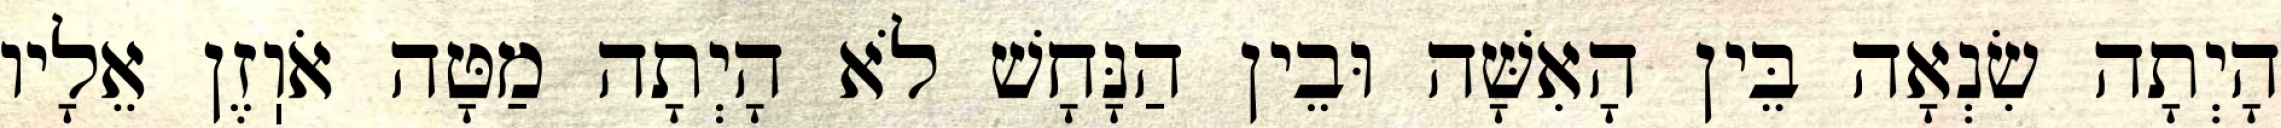
הָיְתָה שִׂנְאָה בֵּין הָאִשָּׁה וּבֵין הַנָּחָשׁ לֹא הָיְתָה מַטָּה אֹוֽזֶן אֵלָיו